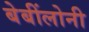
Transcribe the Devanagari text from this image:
बेबींलोनी